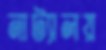
নাট্যালয়